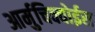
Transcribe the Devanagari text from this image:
आर्मुचिक्वोईस